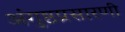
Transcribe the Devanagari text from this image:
अंगुष्ठप्रसारणी